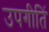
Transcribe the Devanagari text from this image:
उपगीतिं